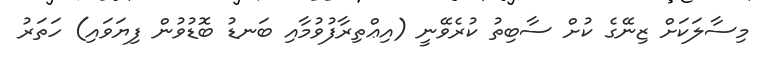
މިސާލަކަށް ޒިނޭގެ ކުށް ސާބިތު ކުރެވޭނީ (އިޢްތިރާފުވުމާއި ބަނޑު ބޮޑުވުން ފިޔަވައި) ހަތަރު